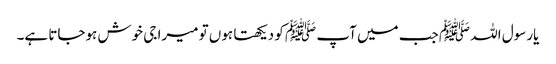
یارسول اللہ ﷺ جب میں آپ ﷺ کو دیکھتا ہوں تو میرا جی خوش ہوجاتا ہے۔